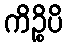
ကိဉ္စိပိ